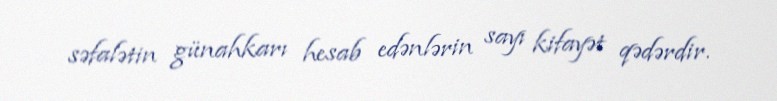
səfalətin günahkarı hesab edənlərin sayı kifayət qədərdir.